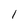
Character: l